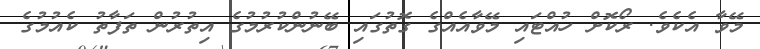
މޭވާ އެކެވެ. ރޯކޮށް ހުއްޓައި މޭވާއެއްގެ ގޮތުގައި ބޭނުންކުރުމުގެ އިތުރުން ތަފާތު ކެއުމުގެ